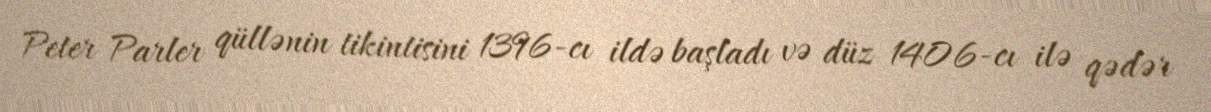
Peter Parler qüllənin tikintisini 1396-cı ildə başladı və düz 1406-cı ilə qədər